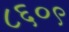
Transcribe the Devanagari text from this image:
८६०९